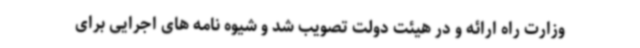
وزارت راه ارائه و در هیئت دولت تصویب شد و شیوه نامه های اجرایی برای